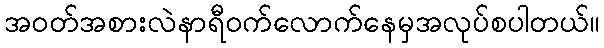
အဝတ်အစားလဲနာရီဝက်လောက်နေမှအလုပ်စပါတယ်။